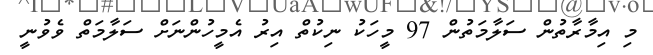
މި އިމާރާތުން ސަލާމަތުން 97 މީހަކު ނިކުތް އިރު އެމީހުންނަށް ސަލާމަތް ވެވުނީ